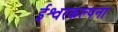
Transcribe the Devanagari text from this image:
ईश्वरकल्पना